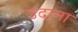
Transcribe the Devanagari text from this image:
उदाना